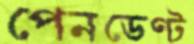
পেনডেণ্ট